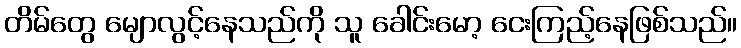
တိမ်တွေ မျောလွင့်နေသည်ကို သူ ခေါင်းမော့ ငေးကြည့်နေဖြစ်သည်။